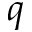
q